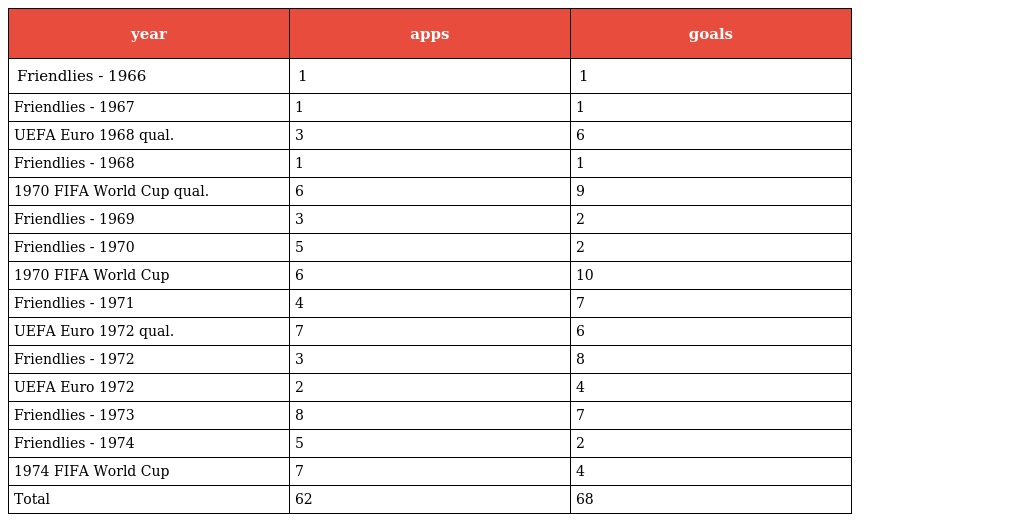
| year | apps | goals |
 | --- | --- | --- |
 | Friendlies - 1966 | 1 | 1 |
 | Friendlies - 1967 | 1 | 1 |
 | UEFA Euro 1968 qual. | 3 | 6 |
 | Friendlies - 1968 | 1 | 1 |
 | 1970 FIFA World Cup qual. | 6 | 9 |
 | Friendlies - 1969 | 3 | 2 |
 | Friendlies - 1970 | 5 | 2 |
 | 1970 FIFA World Cup | 6 | 10 |
 | Friendlies - 1971 | 4 | 7 |
 | UEFA Euro 1972 qual. | 7 | 6 |
 | Friendlies - 1972 | 3 | 8 |
 | UEFA Euro 1972 | 2 | 4 |
 | Friendlies - 1973 | 8 | 7 |
 | Friendlies - 1974 | 5 | 2 |
 | 1974 FIFA World Cup | 7 | 4 |
 | Total | 62 | 68 |